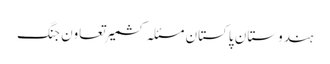
ہندوستان پاکستان مسئلہ کشمیر تعاون جنگ